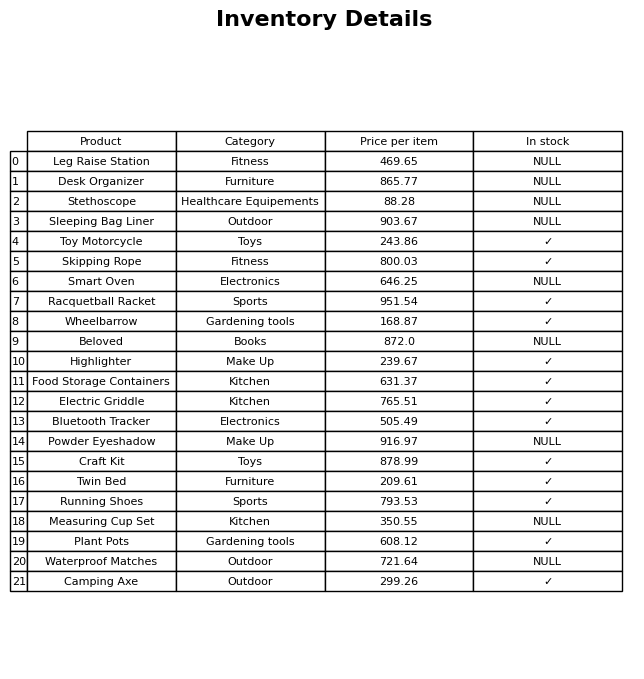
question: What is the stock status of the Highlighter?
answer: ✓